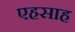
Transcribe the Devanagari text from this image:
एहसाह